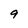
Character: 9